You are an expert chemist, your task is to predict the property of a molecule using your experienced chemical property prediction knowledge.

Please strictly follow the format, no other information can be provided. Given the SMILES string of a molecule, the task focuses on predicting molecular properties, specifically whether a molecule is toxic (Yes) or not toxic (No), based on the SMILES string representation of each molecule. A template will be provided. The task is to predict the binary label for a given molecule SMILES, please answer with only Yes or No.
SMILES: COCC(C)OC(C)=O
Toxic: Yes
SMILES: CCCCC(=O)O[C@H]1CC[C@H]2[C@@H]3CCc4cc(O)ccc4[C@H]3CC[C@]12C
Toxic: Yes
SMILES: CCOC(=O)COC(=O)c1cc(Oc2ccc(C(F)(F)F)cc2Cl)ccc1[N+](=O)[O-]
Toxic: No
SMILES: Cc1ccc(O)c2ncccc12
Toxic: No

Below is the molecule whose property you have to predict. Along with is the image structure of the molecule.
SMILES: O=C(OCc1ccccc1)c1cccnc1
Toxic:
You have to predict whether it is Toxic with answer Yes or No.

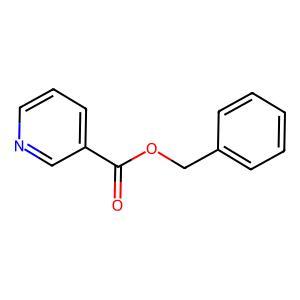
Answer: No